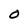
Character: O